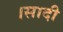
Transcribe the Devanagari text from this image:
।सादी